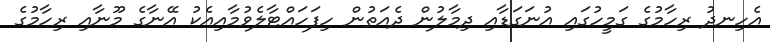
އެހިނދު ރިހާމުގެ ގަމީހުގައި އުނަގަޑާއި ދިމާލުން ދެއަތުން ހިފަހައްޓާލެވުމާއިއެކު އޭނާގެ މޫނާއި ރިހާމުގެ